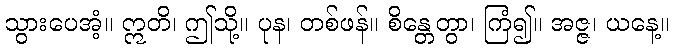
သွားပေအံ့။ ဣတိ၊ ဤသို့။ ပုန၊ တစ်ဖန်။ စိန္တေတွာ၊ ကြံ၍။ အဇ္ဇ၊ ယနေ့။